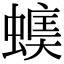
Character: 𧏃